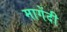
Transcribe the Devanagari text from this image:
मागेंदी